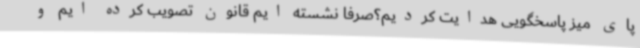
پای میز پاسخگویی هدایت کردیم؟صرفا نشسته ایم قانون تصویب کرده ایم و